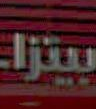
بيتزا